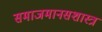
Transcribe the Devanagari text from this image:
समाजमानसशास्त्र